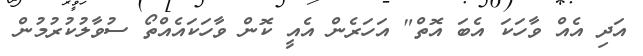
އަދި އެއް ވާހަކަ އެބަ އޮތް" އަހަރެން އެއީ ކޮން ވާހަކައެއްތޯ ސުވާލުކުރުމުން